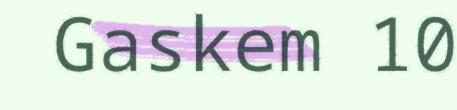
Gaskem 10